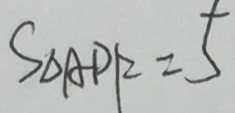
S _ { \Delta A P F } = 5